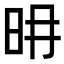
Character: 𣅧